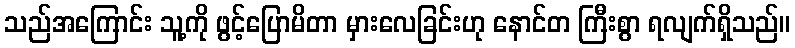
သည်အကြောင်း သူ့ကို ဖွင့်ပြောမိတာ မှားလေခြင်းဟု နောင်တ ကြီးစွာ ရလျက်ရှိသည်။